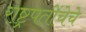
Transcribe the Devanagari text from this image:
राष्ट्रपतींचेचे